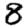
Digit: 8